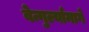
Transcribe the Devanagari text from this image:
वेन्गुर्ल्यामार्गे